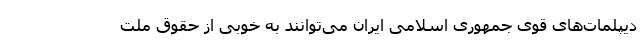
دیپلمات‌های قوی جمهوری اسلامی ایران می‌توانند به خوبی از حقوق ملت